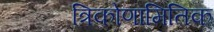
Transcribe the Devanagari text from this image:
त्रिकोणामितिक